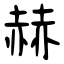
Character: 赫